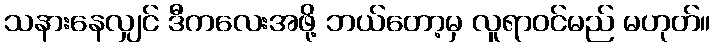
သနားနေလျှင် ဒီကလေးအဖို့ ဘယ်တော့မှ လူရာဝင်မည် မဟုတ်။